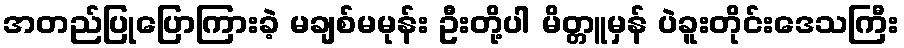
အတည်ပြုပြောကြားခဲ့ မချစ်မမုန်း ဦးတို့ပါ မိတ္တူမှန် ပဲခူးတိုင်းဒေသကြီး